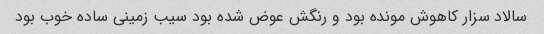
سالاد سزار کاهوش مونده بود و رنگش عوض شده بود سیب زمینی ساده خوب بود